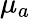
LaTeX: \mu_{a}